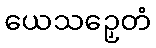
ယေသဉှေတံ